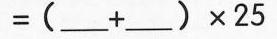
$$= ( ___+___ ) \times 2 5$$